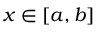
x \in [ a , b ]